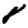
Digit: 7